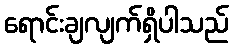
ရောင်းချလျက်ရှိပါသည်